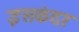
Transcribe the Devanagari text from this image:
इसकंदर